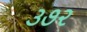
૩૭૨